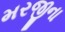
મરજીના